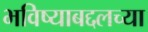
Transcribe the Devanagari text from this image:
भविष्याबद्दलच्या